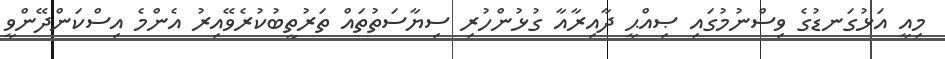
މިއީ އަޅުގަނޑުގެ ވިސްނުމުގައި ޞިއްޙީ ދާއިރާއާ ގުޅުންހުރި ސިޔާސަތުތައް ތަރުތީބުކުރެވޭއިރު އެންމެ އިސްކަންދޭންވީ